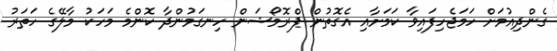
ގެންދިއުމަށް ހަމަޖެހިފައިވާ ކަމަށާއި އެގޮތުން ޕްރޮމޯޝަން ހިނގަމުންދާ ކޮންމެ މަހަކު މާލޭގެ ހަތަރު